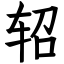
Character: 轺